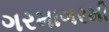
ગરમાગરમી